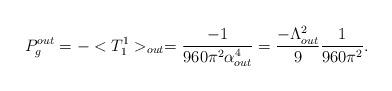
LaTeX: \begin{align*}P^{out}_{g}=-<T^{1}_{1}>_{out}=\frac{-1}{960\pi^{2}\alpha_{out}^{4}}= \frac{-\Lambda_{out}^{2}}{9}\frac{1}{960\pi^{2}}.\end{align*}